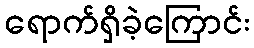
ရောက်ရှိခဲ့ကြောင်း